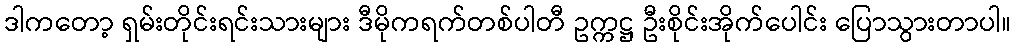
ဒါကတော့ ရှမ်းတိုင်းရင်းသားများ ဒီမိုကရက်တစ်ပါတီ ဥက္ကဋ္ဌ ဦးစိုင်းအိုက်ပေါင်း ပြောသွားတာပါ။